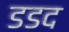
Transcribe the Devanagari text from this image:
डडद